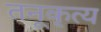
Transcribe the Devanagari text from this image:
तनूकृत्य